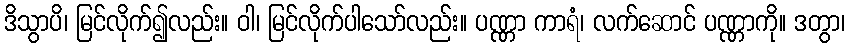
ဒိသွာပိ၊ မြင်လိုက်၍လည်း။ ဝါ၊ မြင်လိုက်ပါသော်လည်း။ ပဏ္ဏာ ကာရံ၊ လက်ဆောင် ပဏ္ဏာကို။ ဒတွာ၊